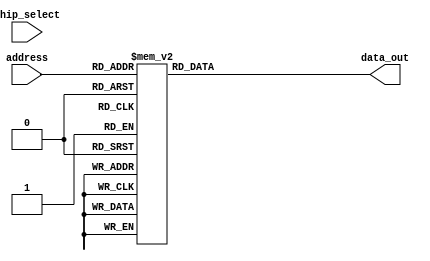
module ROM(output reg [31:0] data_out, input [4:0] address, input chip_select);
    // When address changes, set data_out to new value in memory
    always @(chip_select or address) begin
        // Memory values listed below are in hexadecimal
        // Instruction format for CPU is as follows:
        //      31----28------------16-15----------------0
        //       Opcode    Unused            Operand
        //
        // Opcodes:
        //      1     Add to AC
        //      2     Shift AC Left
        //      3     Shift AC Right
        //      4     Load immediate to AC
        //      5     Load AC
        //      6     Bitwise OR of AC
        //      7     Store
        //      8     Branch
        //      9     Bitwise AND of AC
        //
        case (address)
            // Program that tests all instructions
            // ------------------------------------------------------------
            // Test the store to ROM and add to AC
            5'h00: data_out <= 32'h4000_000f;   // LI 000f
            5'h01: data_out <= 32'h7000_005f;   // ST 005f
            5'h02: data_out <= 32'h4000_0001;   // LI 0001
            5'h03: data_out <= 32'h1000_005f;   // ADD 005f
            // Result (AC) should be 10

            // Test the shift left (SL)
            5'h04: data_out <= 32'h4000_0001;   // LI 0001
            5'h05: data_out <= 32'h7000_005f;   // ST 005f
            5'h06: data_out <= 32'h4000_ffff;   // LI ffff
            5'h07: data_out <= 32'h2000_005f;   // SL 005f
            // Result (AC) should be 1fffe

            // Test the shift right (SR)
            5'h08: data_out <= 32'h4000_0001;   // LI 0001
            5'h09: data_out <= 32'h7000_005f;   // ST 005f
            5'h0A: data_out <= 32'h4000_ffff;   // LI ffff
            5'h0B: data_out <= 32'h3000_005f;   // SR 005f
            // Result (AC) should be 7fff

            // Test the bitwise OR
            5'h0C: data_out <= 32'h4000_f0f0;   // LI f0f0
            5'h0D: data_out <= 32'h7000_005f;   // ST 005f
            5'h0E: data_out <= 32'h4000_0000;   // LI 0000
            5'h0F: data_out <= 32'h6000_005f;   // OR 005f
            // Result (AC) should be f0f0

            // Test the bitwise AND
            5'h10: data_out <= 32'h4000_0f0f;   // LI 0f0f
            5'h11: data_out <= 32'h7000_005f;   // ST 005f
            5'h12: data_out <= 32'h4000_00f0;   // LI 00f0
            5'h13: data_out <= 32'h9000_005f;   // AND 005f
            // Result (AC) should be 00000
            
            5'h14: data_out <= 32'h5000_0017;   // LD 0017
            5'h15: data_out <= 32'h5000_005f;   // LD 005f
            5'h16: data_out <= 32'h8000_0000;   // BR 0

            // Constants
            5'h17: data_out <= 32'h0000_002A;
            // ------------------------------------------------------------

            // Program that reads from switches and writes to LEDs repeatedly
            // ------------------------------------------------------------
            // 5'h00: data_out <= 32'h5000_0020    // LD 20
            // 5'h01: data_out <= 32'h7000_0020    // ST 20
            // 5'h02: data_out <= 32'h8000_0000    // BR 0
            // ------------------------------------------------------------

            // Program that adds 16 to accumulator over and over forever
            // ------------------------------------------------------------
            // 5'h00: data_out <= 32'h4000_0010 // LI 10
            // 5'h01: data_out <= 32'h7000_005F // ST 005F
            // 5'h02: data_out <= 32'h1000_005F // ADD 005F
            // 5'h03: data_out <= 32'h8000_0003 // BR 3
            // ------------------------------------------------------------

            default: data_out <= 32'h0000_0000; // NOP
        endcase
    end
endmodule